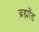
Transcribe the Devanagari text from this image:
ब्रह्माँड